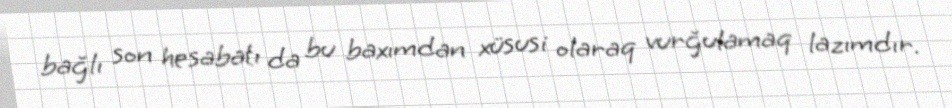
bağlı son hesabatı da bu baxımdan xüsusi olaraq vurğulamaq lazımdır.